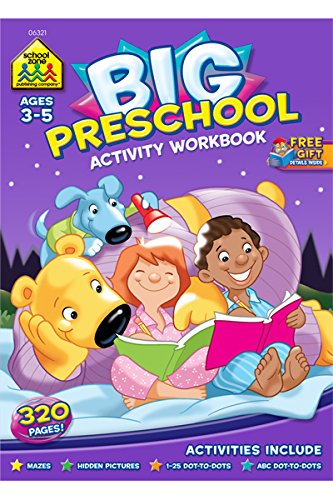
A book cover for Big Preschool Activity Workbook Ages 4 & Up; Multiple Authors; Children's Books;